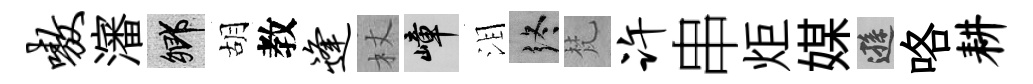
嗷瀋鄉胡教逢杖嶂泪终梵许串炬媒遜咯耕